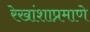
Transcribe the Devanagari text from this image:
रेखांशाप्रमाणे